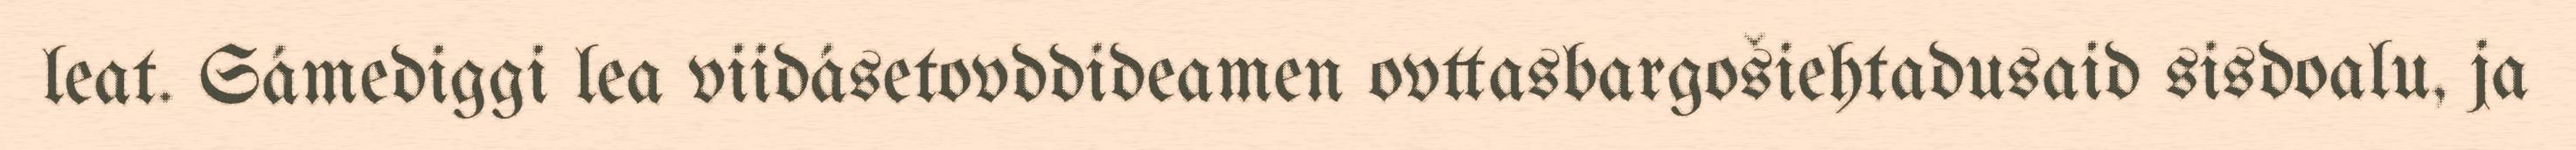
leat. Sámediggi lea viidásetovddideamen ovttasbargošiehtadusaid sisdoalu, ja